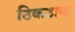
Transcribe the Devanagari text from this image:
ठिकठाक